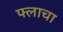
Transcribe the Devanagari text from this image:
फ्लाचा